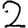
Digit: 2